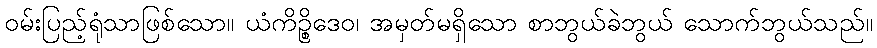
ဝမ်းပြည့်ရုံသာဖြစ်သော။ ယံကိဉ္စိဒေဝ၊ အမှတ်မရှိသော စာဘွယ်ခဲဘွယ် သောက်ဘွယ်သည်။